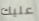
عليك